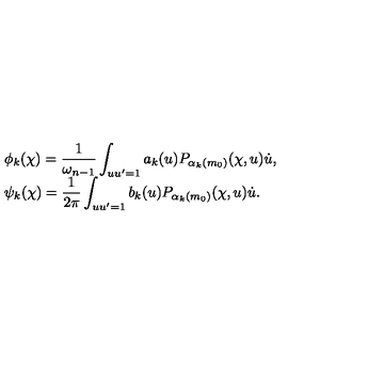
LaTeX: \begin{array} { l } { \phi _ { k } ( \chi ) = \displaystyle \frac { 1 } { \omega _ { n - 1 } } \int _ { u u ^ { \prime } = 1 } a _ { k } ( u ) P _ { \alpha _ { k } ( m _ { 0 } ) } ( \chi , u ) \dot { u } , } \\ { \psi _ { k } ( \chi ) = \displaystyle \frac { 1 } { 2 \pi } \int _ { u u ^ { \prime } = 1 } b _ { k } ( u ) P _ { \alpha _ { k } ( m _ { 0 } ) } ( \chi , u ) \dot { u } . } \\ \end{array}